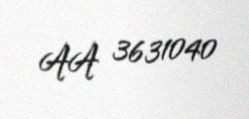
AA 3631040